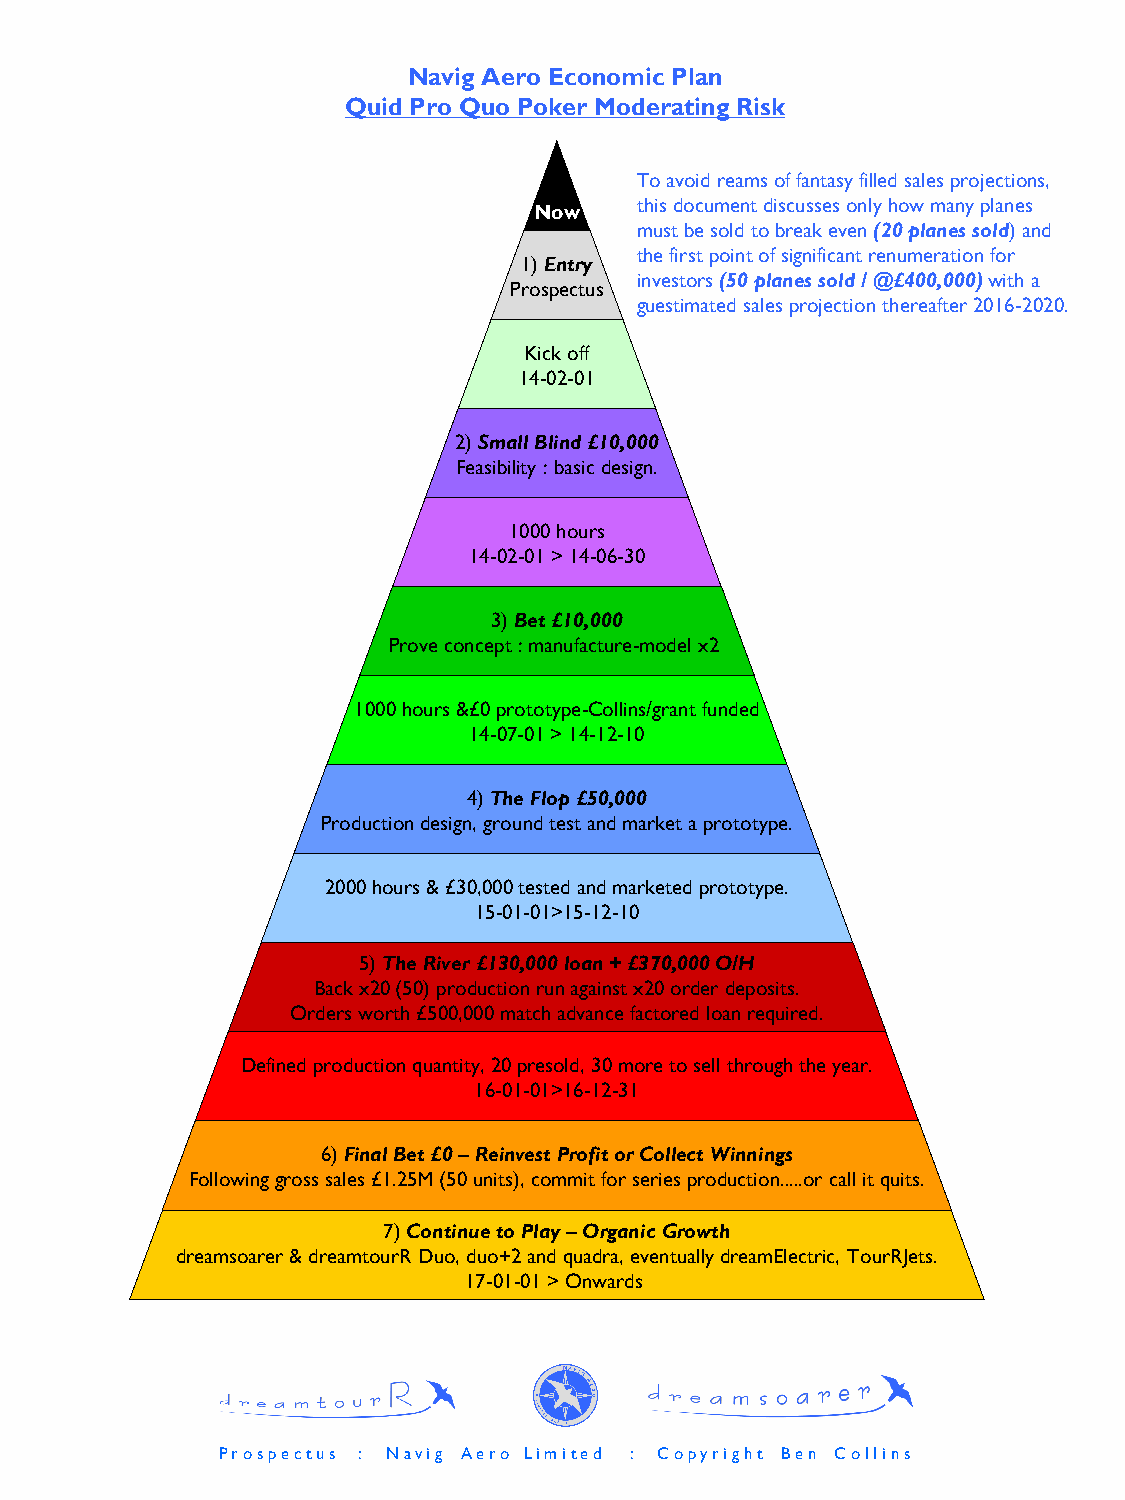
Navig Aero Economic Plan
 Quid Pro Quo Poker Moderating Risk
 To avoid reams of fantasy filled sales projections,
 this document discusses only how many planes
 Now
 must be sold to break even(20 planes sold) and
 the first point of significant renumeration for
 1) Entry
 investors (50 planes sold / @£400,000) with a
 Prospectus
 guestimated sales projection thereafter 2016-2020.
 Kick off
 14-02-01
 2) Small Blind £10,000
 Feasibility : basic design.
 1000 hours
 14-02-01 > 14-06-30
 3) Bet £10,000
 Prove concept : manufacture-model x2
 1000 hours &£0 prototype-Collins/grant funded
 14-07-01 > 14-12-10
 4) The Flop £50,000
 Production design, ground test and market a prototype.
 2000 hours & £30,000 tested and marketed prototype.
 15-01-01>15-12-10
 5) The River £130,000 loan + £370,000 O/H
 Back x20 (50) production run against x20 order deposits.
 Orders worth £500,000 match advance factored loan required.
 Defined production quantity, 20 presold, 30 more to sell through the year.
 16-01-01>16-12-31
 6) Final Bet £0 –Reinvest Profit or Collect Winnings
 Following gross sales £1.25M (50 units), commit for series production.....or call it quits.
 7)Continue to Play –Organic Growth
 dreamsoarer & dreamtourR Duo, duo+2 and quadra, eventually dreamElectric, TourRJets.
 17-01-01 > Onwards
 P r o s p e c t u s : N a v i g A e r o L i m i t e d : C o p y r i g h t B e n C o l l i n s